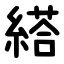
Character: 䌋